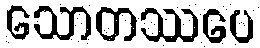
သောတဿပေ